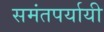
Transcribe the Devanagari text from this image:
समंतपर्यायी